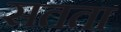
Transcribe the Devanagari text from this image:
सतता